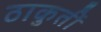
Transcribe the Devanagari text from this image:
ठाकुर्ती